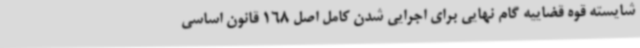
شایسته قوه قضاییه گام نهایی برای اجرایی شدن کامل اصل 168 قانون اساسی